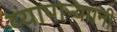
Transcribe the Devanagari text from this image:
व्यापाऱ्याानी